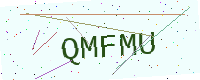
Text: QMFMU